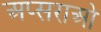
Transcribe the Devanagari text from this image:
अप्सराओ